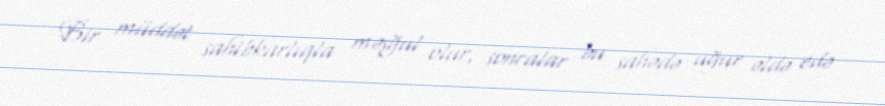
Bir müddət sahibkarlıqla məşğul olur, sonralar bu sahədə uğur əldə edə